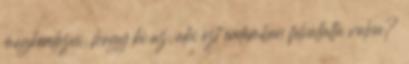
megkérdezni, hogy ki az, aki ezt érdemben felvállalta volna?